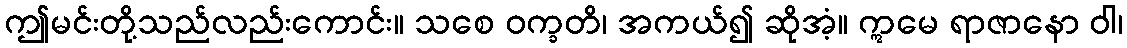
ဤမင်းတို့သည်လည်းကောင်း။ သစေ ဝက္ခတိ၊ အကယ်၍ ဆိုအံ့။ ဣမေ ရာဇာနော ဝါ၊